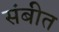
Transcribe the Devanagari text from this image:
संबीत